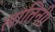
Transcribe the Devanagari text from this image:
लातिनी।